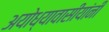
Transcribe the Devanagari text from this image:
अयोध्यावासीयांनी